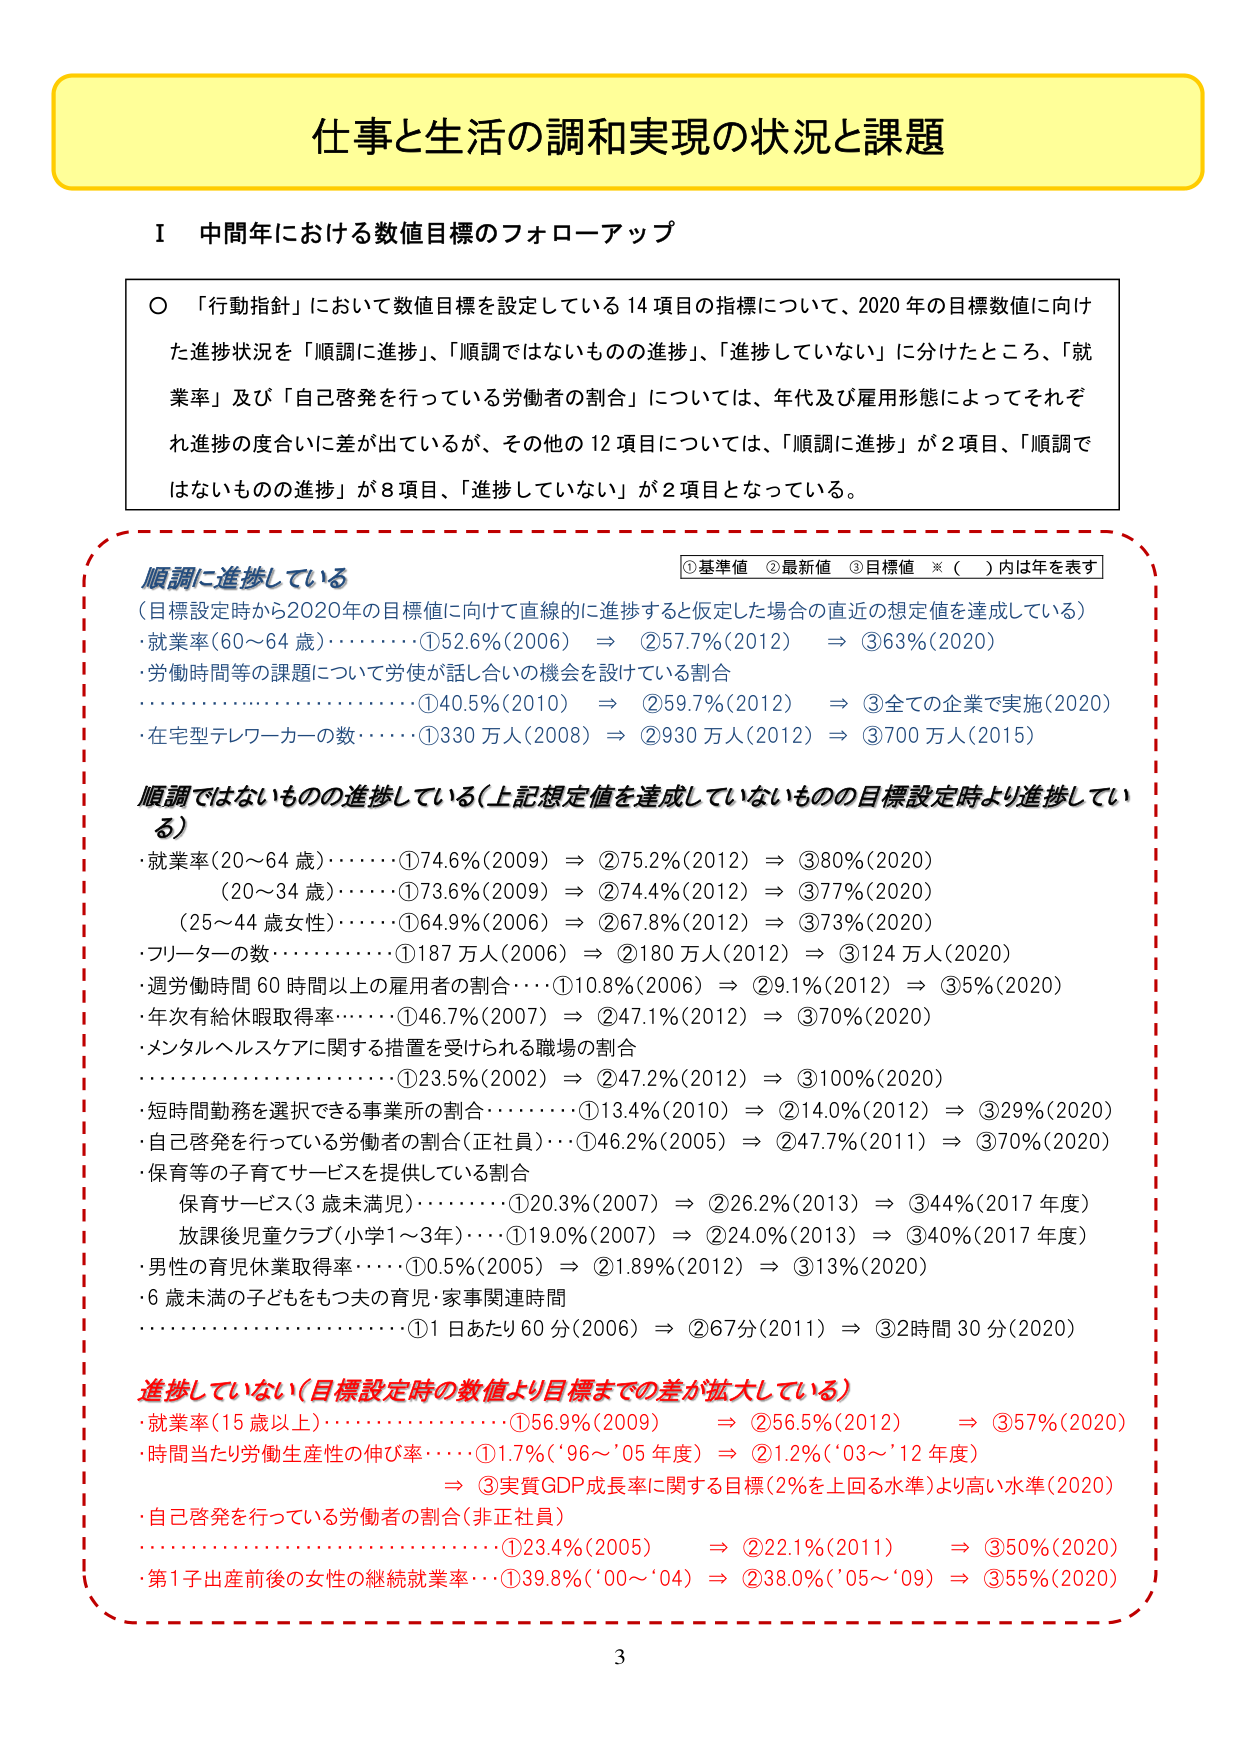
仕事と生活の調和実現の状況と課題

Ⅰ 中間年における数値目標のフォローアップ

○ 「行動指針」において数値目標を設定している14項目の指標について、2020年の目標数値に向けた進捗状況を「順調に進捗」、「順調ではないものの進捗」、「進捗していない」に分けたところ、「就業率」及び「自己啓発を行っている労働者の割合」については、年代及び雇用形態によってそれぞれ進捗の度合いに差が出ていたが、その他の12項目については、「順調に進捗」が2項目、「順調ではないものの進捗」が8項目、「進捗していない」が2項目となっている。

順調に進捗している
（目標設定時から2020年の目標値に向けて直線的に進捗すると仮定した場合の直近の想定値を達成している）
・就業率（60～64歳）････････①52.6％（2006） ⇒ ②57.7％（2012） ⇒ ③63％（2020）
・労働時間等の課題について労使が話し合いの機会を設けている割合
････････････････････････････①40.5％（2010） ⇒ ②59.7％（2012） ⇒ ③全ての企業で実施（2020）
・在宅型テレワーカーの数･･････①330万人（2008） ⇒ ②930万人（2012） ⇒ ③700万人（2015）

順調ではないものの進捗している（上記想定値を達成していないものの目標設定時より進捗している）
・就業率（20～64歳）････････①74.6％（2009） ⇒ ②75.2％（2012） ⇒ ③80％（2020）
　（20～34歳）････････①73.6％（2009） ⇒ ②74.4％（2012） ⇒ ③77％（2020）
　（25～44歳女性）･･････①64.9％（2006） ⇒ ②67.8％（2012） ⇒ ③73％（2020）
・フリーターの数････････････①187万人（2006） ⇒ ②180万人（2012） ⇒ ③124万人（2020）
・週労働時間60時間以上の雇用者の割合･･････①10.8％（2006） ⇒ ②9.1％（2012） ⇒ ③5％（2020）
・年次有給休暇取得率･･････①46.7％（2007） ⇒ ②47.1％（2012） ⇒ ③70％（2020）
・メンタルヘルスケアに関する措置を受けられる職場の割合
････････････････････････････①23.5％（2002） ⇒ ②47.2％（2012） ⇒ ③100％（2020）
・短時間勤務を選択できる事業所の割合･･････①13.4％（2010） ⇒ ②14.0％（2012） ⇒ ③29％（2020）
・自己啓発を行っている労働者の割合（正社員）････①46.2％（2005） ⇒ ②47.7％（2011） ⇒ ③70％（2020）
・保育等の子育てサービスを提供している割合
　保育サービス（3歳未満児）･･････①20.3％（2007） ⇒ ②26.2％（2013） ⇒ ③44％（2017年度）
　放課後児童クラブ（小学1～3年）････①19.0％（2007） ⇒ ②24.0％（2013） ⇒ ③40％（2017年度）
・男性の育児休業取得率･･････①0.5％（2005） ⇒ ②1.89％（2012） ⇒ ③13％（2020）
・6歳未満の子どもをもつ夫の育児・家事関連時間
････････････････････････････①1日あたり60分（2006） ⇒ ②67分（2011） ⇒ ③2時間30分（2020）

進捗していない（目標設定時の数値より目標までの差が拡大している）
・就業率（15歳以上）････････①56.9％（2009） ⇒ ②56.5％（2012） ⇒ ③57％（2020）
・時間当たり労働生産性の伸び率････①1.7％（’96～’05年度） ⇒ ②1.2％（’03～’12年度）
　⇒ ③実質GDP成長率に関する目標（2％を上回る水準）より高い水準（2020）
・自己啓発を行っている労働者の割合（非正社員）
････････････････････････････①23.4％（2005） ⇒ ②22.1％（2011） ⇒ ③50％（2020）
・第1子出産前後の女性の継続就業率････①39.8％（’00～’04） ⇒ ②38.0％（’05～’09） ⇒ ③55％（2020）

①基準値　②最新値　③目標値　※（　）内は年を表す

3